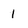
Character: 1